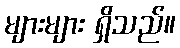
များများ ရှိသည်။